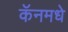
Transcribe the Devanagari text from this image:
कॅनमधे